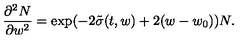
\frac { \partial ^ { 2 } N } { \partial w ^ { 2 } } = \exp ( - 2 \tilde { \sigma } ( t , w ) + 2 ( w - w _ { 0 } ) ) N .